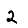
Digit: 2